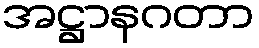
အဋ္ဌာနဂတာ